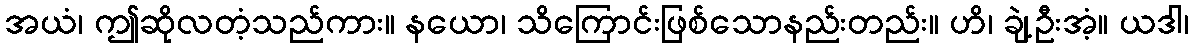
အယံ၊ ဤဆိုလတံ့သည်ကား။ နယော၊ သိကြောင်းဖြစ်သောနည်းတည်း။ ဟိ၊ ချဲ့ဦးအံ့။ ယဒါ၊